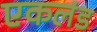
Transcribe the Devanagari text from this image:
एकलंड